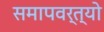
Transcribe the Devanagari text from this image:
समापवर्त्यो